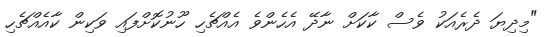
"މިދިޔަ ދެރެއަކު ވެސް ކާކަށް ނާދޭ އެހެންވެ އެއްޗެހި ހޫނުކޮށްފައި ވަކިން ކާއެއްޗެހި